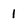
Character: 1